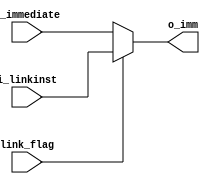
module link_mux     #(
    parameter       NBITS       =   32
    )
    (
    //Entradas
    input   wire    [NBITS-1:0]     i_linkinst  ,
    input   wire    [NBITS-1:0]     i_immediate ,
    input   wire                    link_flag   ,
    //Outputs
    output  wire    [NBITS-1:0]     o_imm
    );
    
    assign  o_imm       =   (link_flag) ? i_linkinst : i_immediate  ;
    
endmodule